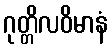
ဂုတ္တိလဝိမာနံ